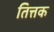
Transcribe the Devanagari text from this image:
तित्तक